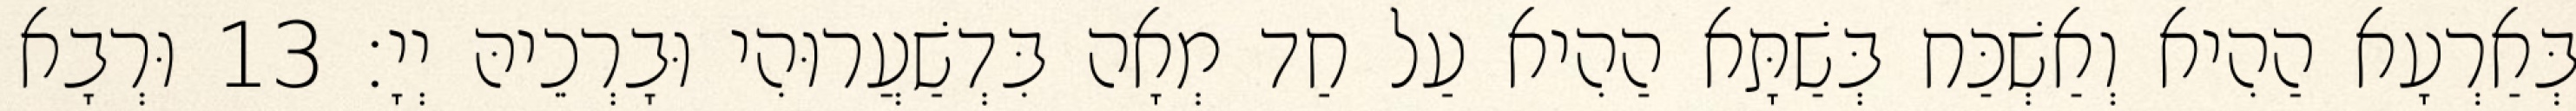
בְּאַרְעָא הַהִיא וְאַשְׁכַּח בְּשַׁתָּא הַהִיא עַל חַד מְאָה בִּדְשַׁעֲרוּהִי וּבָרְכֵיהּ יְיָ׃ 13 וּרְבָא